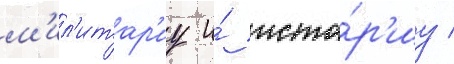
м'ил'итар'иу и́ исто́р'иу /